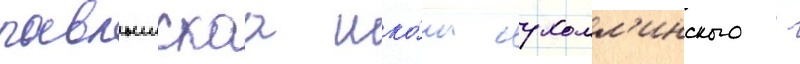
павлышскаа шко́ла сухомл'инского -